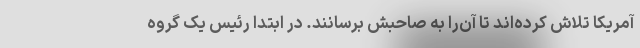
آمریکا تلاش کرده‌اند تا آن‌را به صاحبش برسانند. در ابتدا رئيس یک گروه